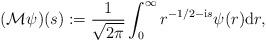
LaTeX: \begin{align*} (\mathcal M\psi)(s):= \frac1{\sqrt{2\pi}}\int_0^\infty r^{-1/2- \mathrm is}\psi(r)\mathrm dr,\end{align*}